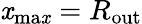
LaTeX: \mathit{x}_{\mathrm{{ma\mathit{x}}}}=R_{\mathrm{{out}}}